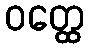
ဝတ္ထေ